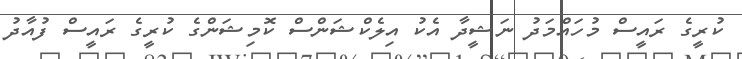
ކުރީގެ ރައީސް މުހައްމަދު ނަޝީދާ އެކު އިލެކްޝަންސް ކޮމިޝަންގެ ކުރީގެ ރައީސް ފުއާދު